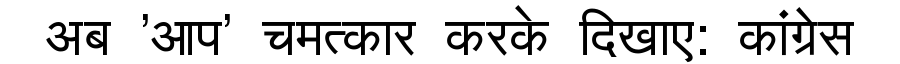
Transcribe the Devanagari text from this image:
अब 'आप' चमत्कार करके दिखाए: कांग्रेस